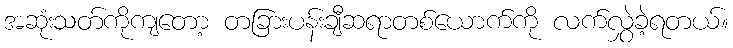
အဆုံးသတ်ကိုကျတော့ တခြားပန်းချီဆရာတစ်ယောက်ကို လက်လွှဲခဲ့ရတယ်။